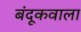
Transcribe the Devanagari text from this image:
बंदूकवाला